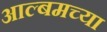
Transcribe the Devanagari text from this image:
आल्बमच्या